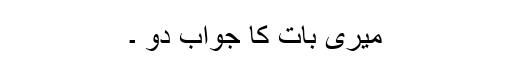
میری بات کا جواب دو ۔